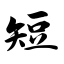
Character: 短